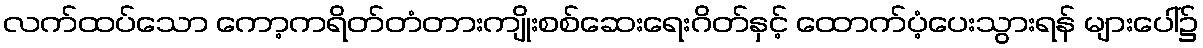
လက်ထပ်သော ကော့ကရိတ်တံတားကျိုးစစ်ဆေးရေးဂိတ်နှင့် ထောက်ပံ့ပေးသွားရန် များပေါ်၌